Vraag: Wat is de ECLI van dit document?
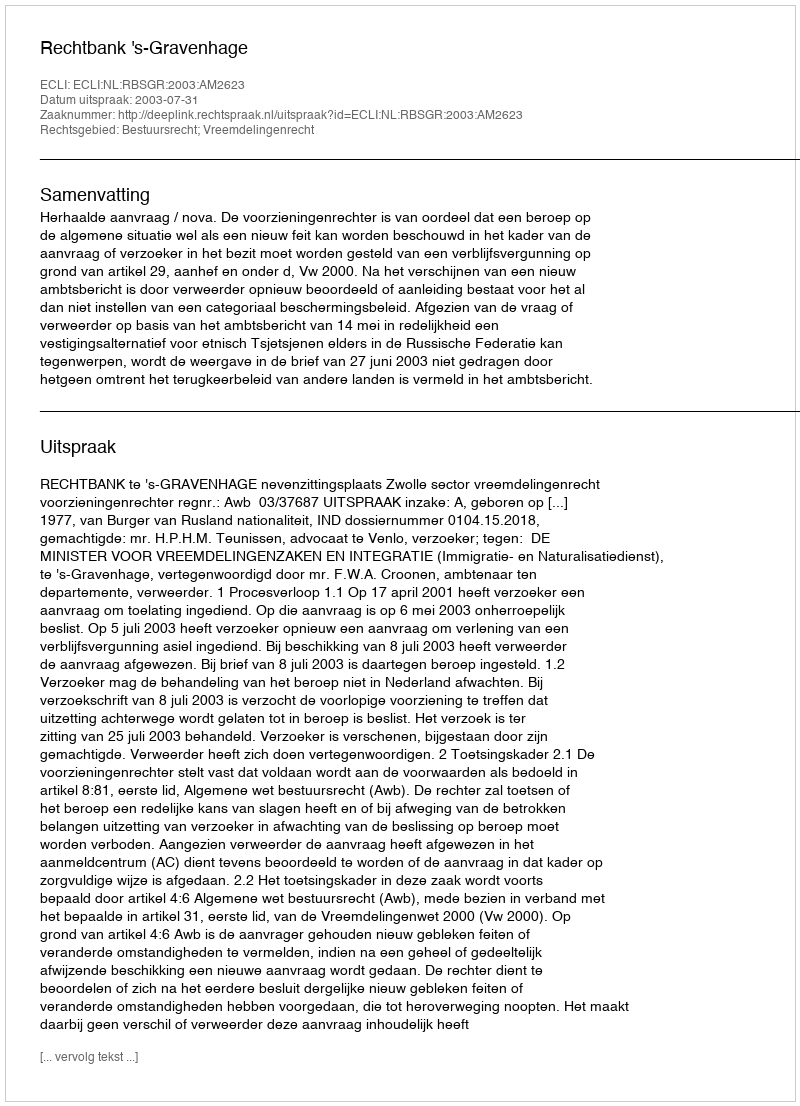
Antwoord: ECLI:NL:RBSGR:2003:AM2623